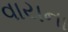
વાયના